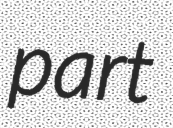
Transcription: part